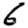
Digit: 6